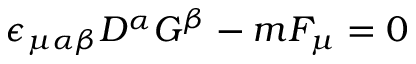
\epsilon _ { \mu \alpha \beta } D ^ { \alpha } G ^ { \beta } - m F _ { \mu } = 0